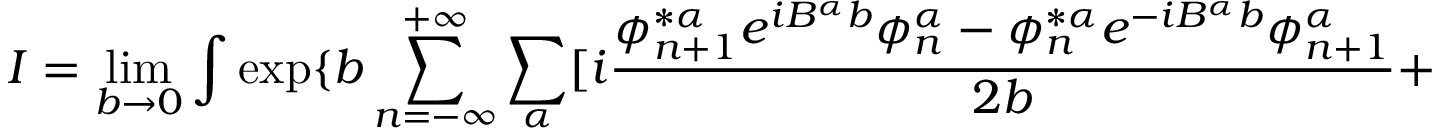
I = \operatorname * { l i m } _ { b \rightarrow 0 } \int \exp \{ b \sum _ { n = - \infty } ^ { + \infty } \sum _ { \alpha } [ i \frac { \phi _ { n + 1 } ^ { * \alpha } e ^ { i B ^ { \alpha } b } \phi _ { n } ^ { \alpha } - \phi _ { n } ^ { * \alpha } e ^ { - i B ^ { \alpha } b } \phi _ { n + 1 } ^ { \alpha } } { 2 b } +